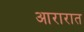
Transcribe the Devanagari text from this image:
आरारात